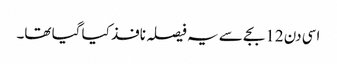
اسی دن 12 بجے سے یہ فیصلہ نافذ کیا گیا تھا۔